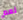
نعم